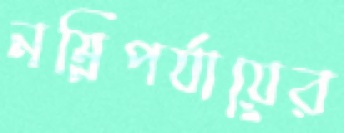
নম্নিপর্যায়ের